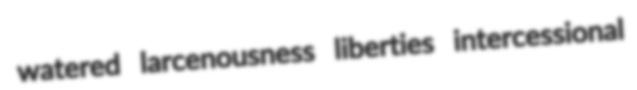
watered larcenousness liberties intercessional